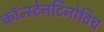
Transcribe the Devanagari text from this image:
कॉन्स्टेनटिनोविच